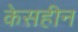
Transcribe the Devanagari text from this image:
केसहीन